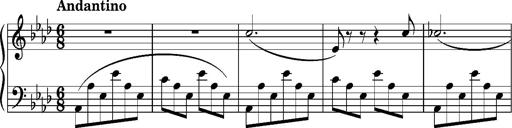
Title: Album-Leaf 'Freudvoll und leidvoll', S.166n
Composer: Franz Liszt
Key: A-flat major